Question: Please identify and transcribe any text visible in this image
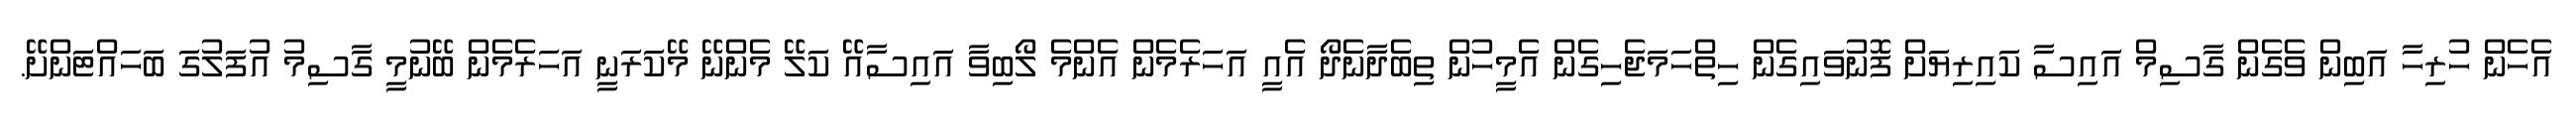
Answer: އެހެން ހުރިހާ އަބިން ވެގެން ގާސިމް އައިސާ ކައިރިޔަށް ފޮނުވައިގެން ހިތްހަމަޖެހިގެން އެމީހުން ތިބެދާނެދޯ އެއީ އަހަރެމެން އެންމެ ލޯބިވާ އައިސާއޭ ކަލޭ މެންނޭ މޭކަރަނީ އަހަރެމެން ބޭނުމީ ގާސިމު އުފަލުގަ ބަހައްޓަންށޭ.